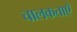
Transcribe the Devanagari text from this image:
चालकताएँ